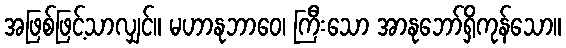
အဖြစ်ဖြင့်သာလျှင်။ မဟာနုဘာဝေ၊ ကြီးသော အာနုဘော်ရှိကုန်သော။